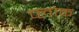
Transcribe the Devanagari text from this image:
प्लोक